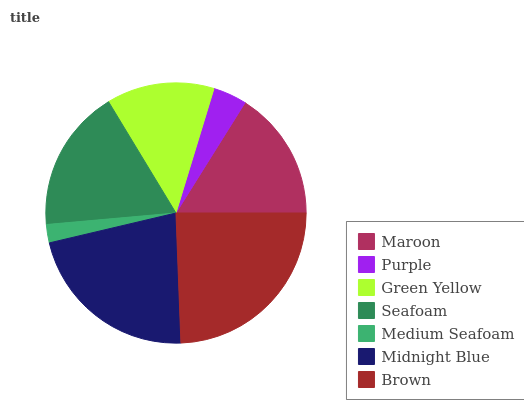
| Maroon | Purple | Green Yellow | Seafoam | Medium Seafoam | Midnight Blue | Brown |
 | --- | --- | --- | --- | --- | --- | --- |
 | 16.1% | 4.19% | 13.4% | 17.7% | 2.28% | 22% | 24.4% |